Annual report of the Punjab Veterinary College and of the Civil Veterinary Department, Punjab - 1894-1908
Year: 1894
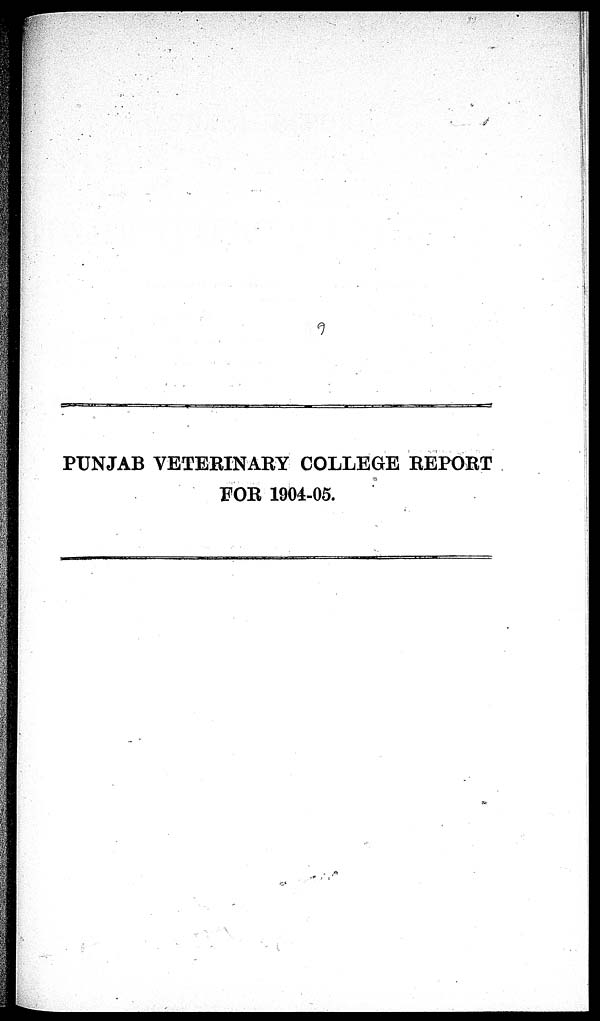
PUNJAB VETERINARY COLLEGE REPORT
FOR 1904-05.